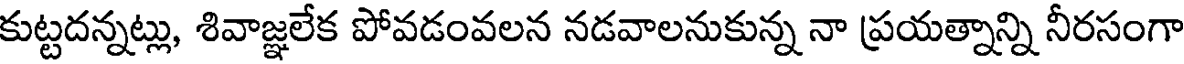
కుట్టదన్నట్లు, శివాజ్ఞలేక పోవడంవలన నడవాలనుకున్న నా ప్రయత్నాన్ని నీరసంగా